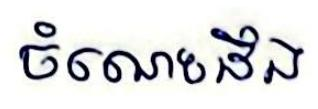
ចំណេះដឹង